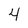
Character: 4